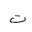
Letter: _ta